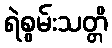
ရဲစွမ်းသတ္တိ